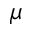
\boldsymbol { \mu }